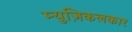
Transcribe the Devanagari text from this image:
म्युज़िकलकार